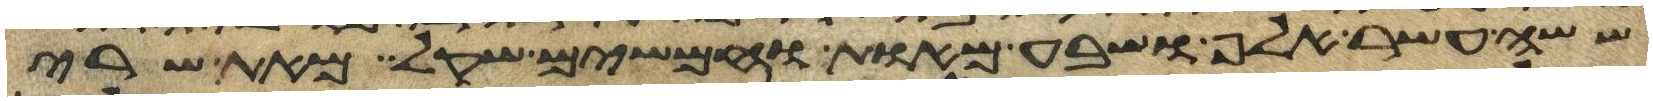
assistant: ששה עשר אלף ושבע מאות וחמשים שקל מאת שרי